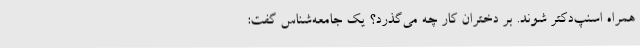
همراه اسنپ‌دکتر شوند. بر دختران کار چه می‌‌گذرد؟ یک جامعه‌شناس گفت: